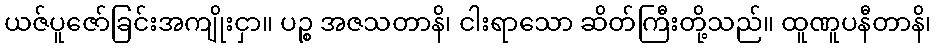
ယဇ်ပူဇော်ခြင်းအကျိုးငှာ။ ပဉ္စ အဇသတာနိ၊ ငါးရာသော ဆိတ်ကြီးတို့သည်။ ထူဏူပနီတာနိ၊